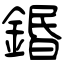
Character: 鍲